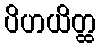
ပိဟယိတ္ထ